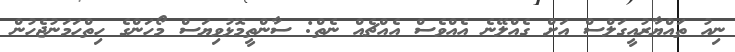
ނިއު ތައްޔާރުއީގަލްސް އަށް ގެއްލޭނެ އެއްވެސް އެއްޗެއް ނެތް: ސާންތީމޮޅުވިޔަސް މޯހަންގެ ހިތްހަމަނުޖެހުން